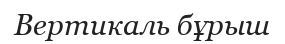
Вертикаль бұрыш